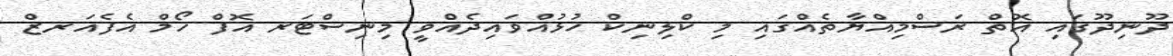
ދޫނިދޫގައި އޮތް ރަސްމިއްޔާތެއްގައި މި ކްލިނިކް ހުޅުއްވައިދެއްވީ މިނިސްޓަރ އޮފް ހޯމް އެފެއަރޒް